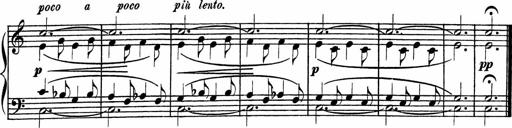
Title: Piano Sonatinas
Composer: Charles Fradel